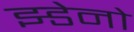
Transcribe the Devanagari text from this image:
झ्डेनो